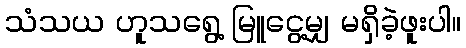
သံသယ ဟူသရွေ့ မြူငွေ့မျှ မရှိခဲ့ဖူးပါ။